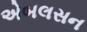
એબલસન